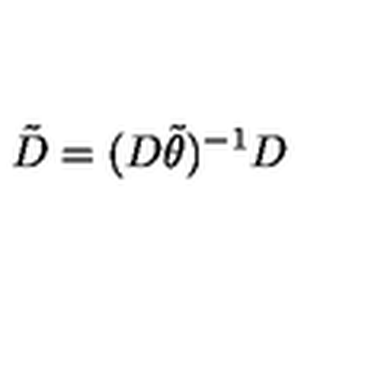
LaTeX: \tilde { D } = ( D \tilde { \theta } ) ^ { - 1 } D